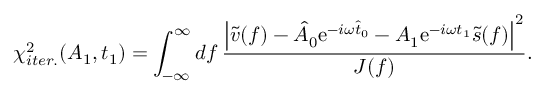
\chi _ { i t e r . } ^ { 2 } ( A _ { 1 } , t _ { 1 } ) = \int _ { - \infty } ^ { \infty } \mathop { d f } \frac { \left| \tilde { v } ( f ) - \hat { A } _ { 0 } \mathrm { e } ^ { - i \omega \hat { t } _ { 0 } } - A _ { 1 } \mathrm { e } ^ { - i \omega t _ { 1 } } \tilde { s } ( f ) \right| ^ { 2 } } { J ( f ) } .